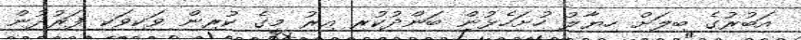
އަބުރުގެ ބިލަށް ހިޔާލު ހުށަހެޅުން ބަންދުކުރި އިރު މީގެ ކުރިން ވަކިވަކި ފަރުދުން